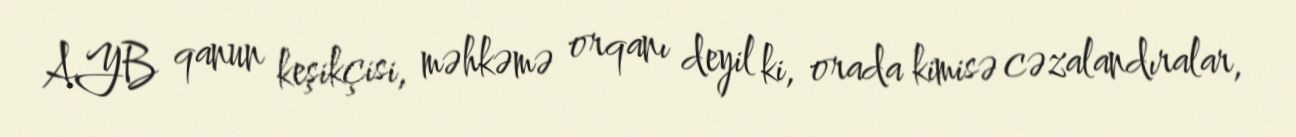
AYB qanun keşikçisi, məhkəmə orqanı deyil ki, orada kimisə cəzalandıralar,